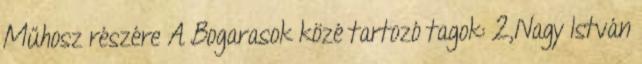
Műhosz részére A Bogarasok közé tartozó tagok: 2,Nagy István